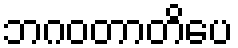
ဘဂဝတာတိပေ